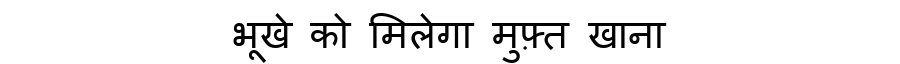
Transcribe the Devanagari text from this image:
भूखे को मिलेगा मुफ़्त खाना